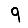
Digit: 9